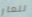
للعار